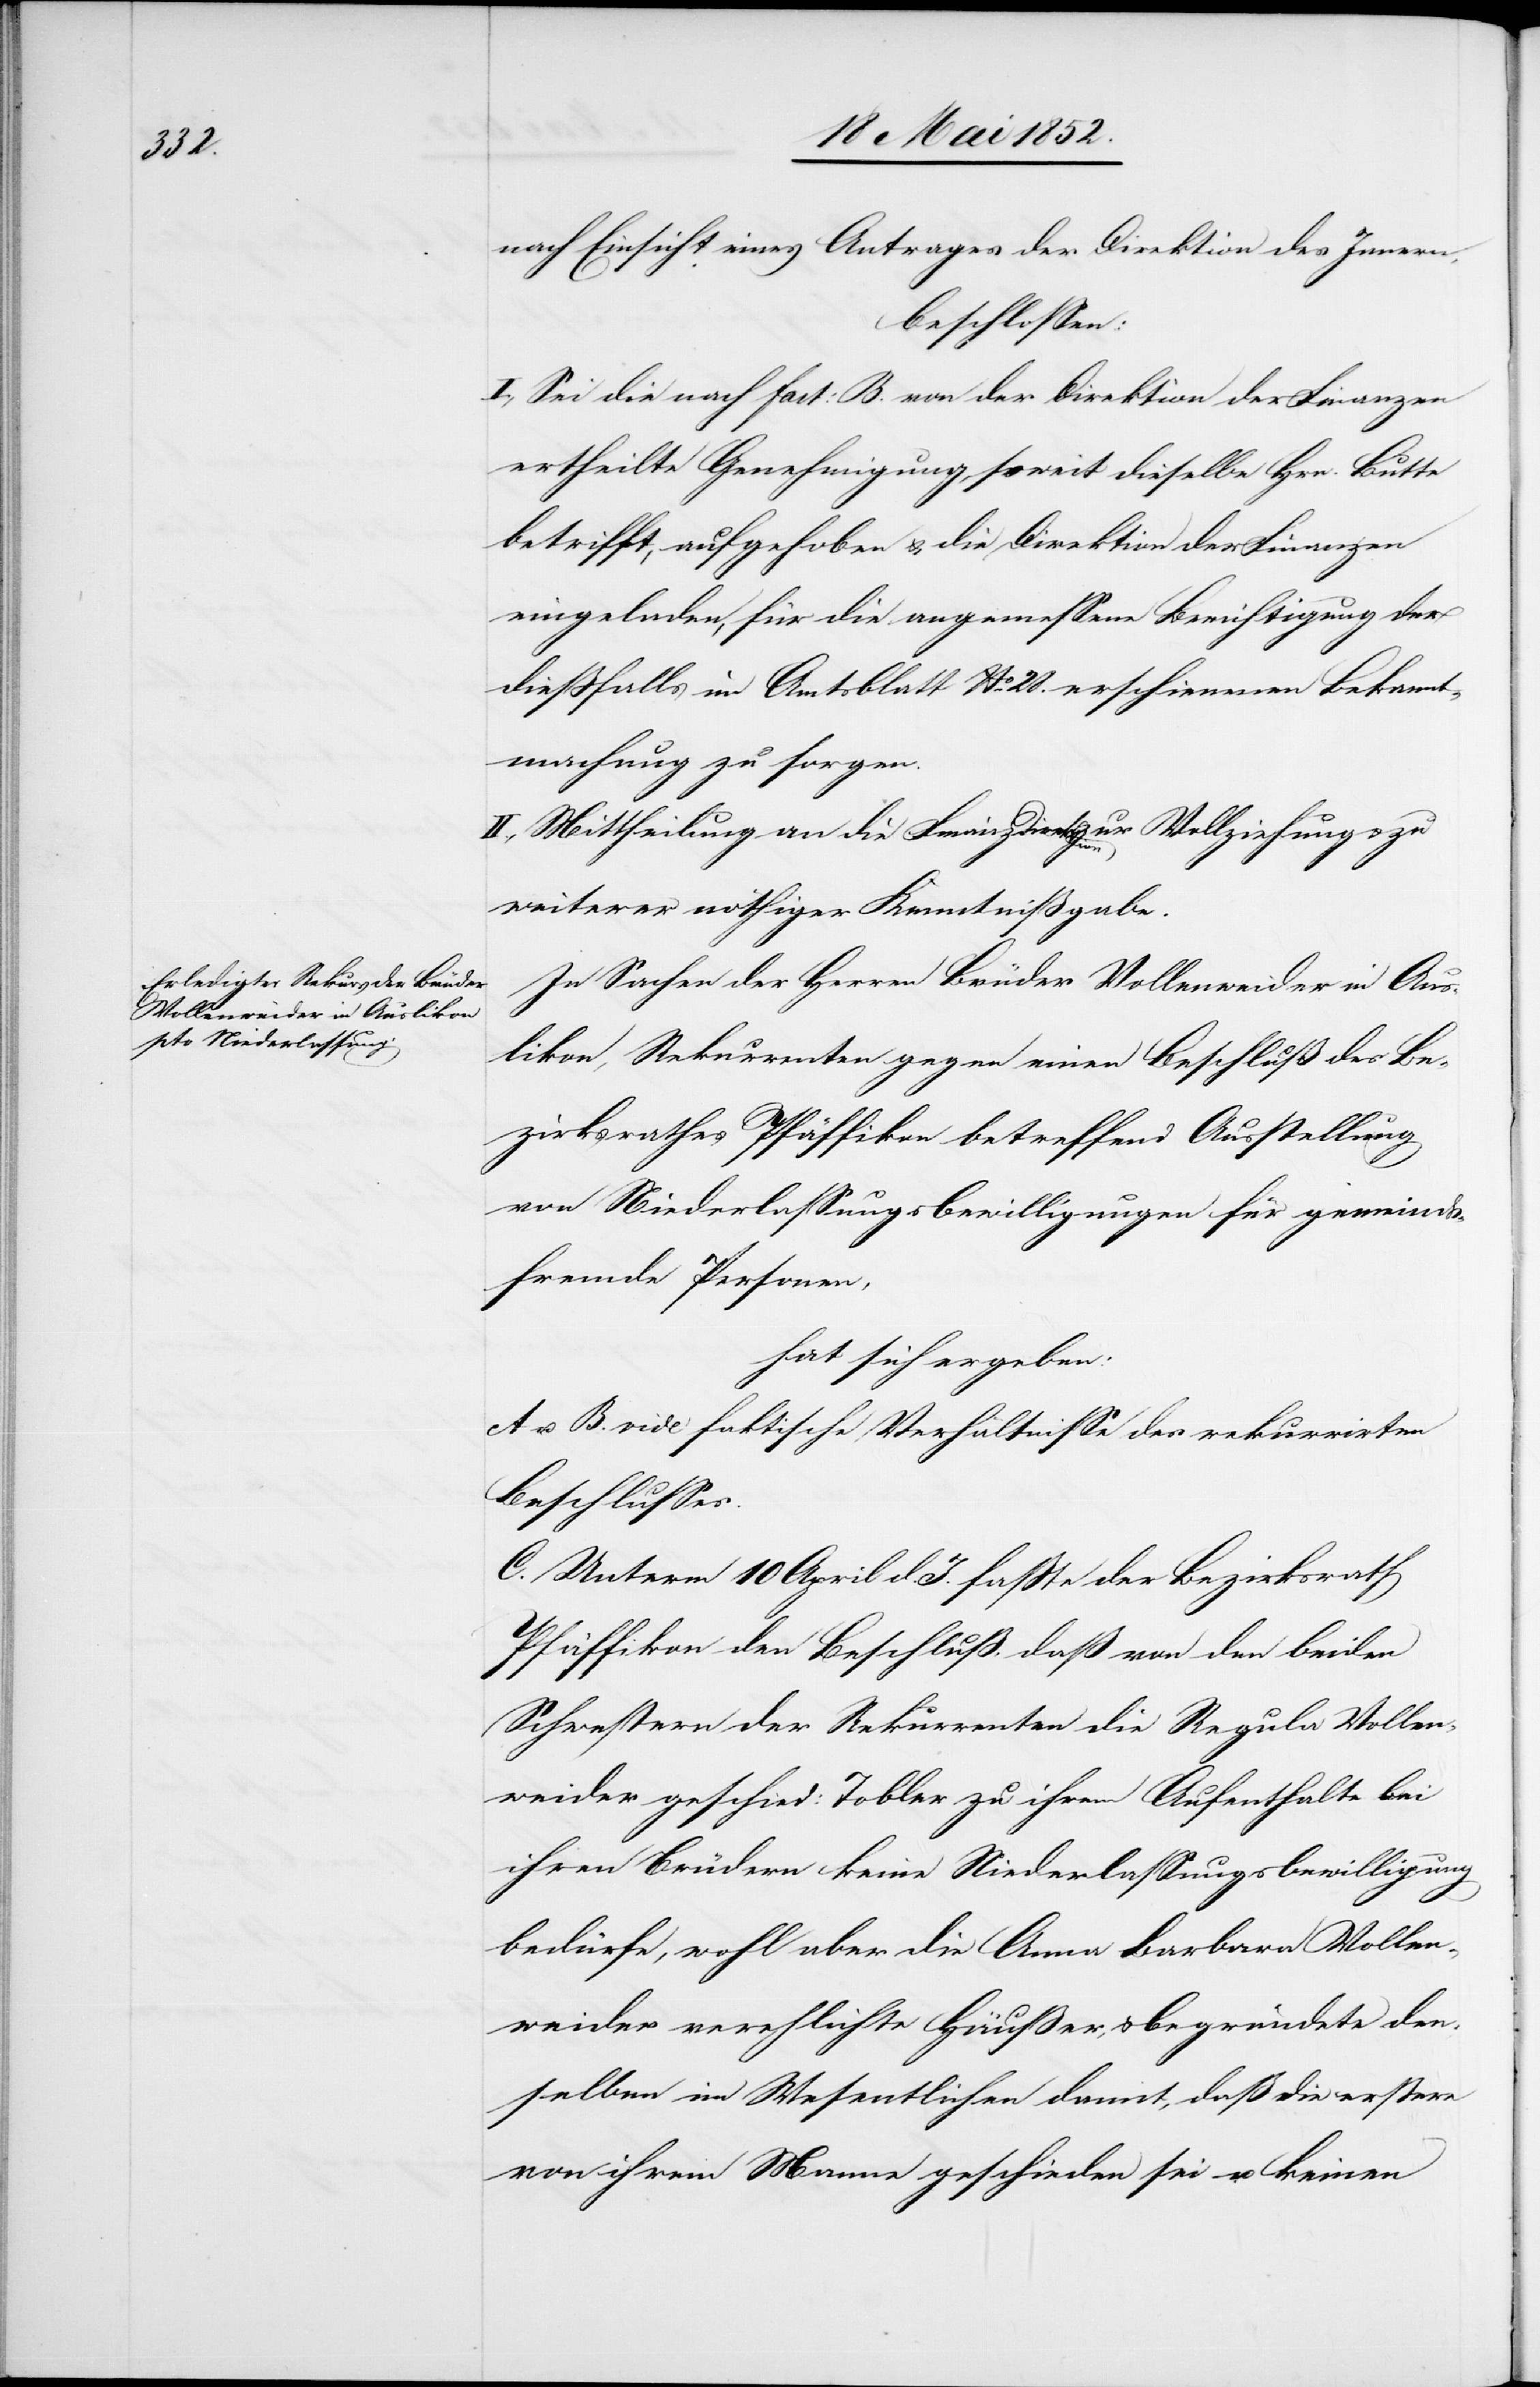
nach Einsicht eines Antrages der Direktion des Innern,
beschlossen:
I. Sei die nach fact: B. von der Direktion der Finanzen
ertheilte Genehmigung, soweit dieselbe Hrn. Butte
betrifft, aufgehoben & die Direktion der Finanzen
eingeladen, für die angemessene Berichtigung der
diessfalls im Amtsblatt No. 28. erschienenen Bekannt¬
machung zu sorgen.
II. Mittheilung an die Finanzdirektion zur Vollziehung & zu
weiterer nöthiger Kenntnißgabe.
In Sachen der Herren Brüder Vollenweider in Aus¬
likon, Rekurrenten gegen einen Beschluß des Be¬
zirksrathes Pfäffikon betreffend Ausstellung
von Niederlassungsbewilligungen für gemeinds¬
fremde Personen,
hat sich ergeben:
A u. B. vide faktische Verhältnisse des rekurrirten
Beschlusses.
C. Unterm 10 April d. J. fasste der Bezirksrath
Pfäffikon den Beschluß, daß von den beiden
Schwestern der Rekurrenten die Regula Vollen¬
weider geschied: Tobler zu ihrem Aufenthalte bei
ihren Brüdern keine[r] Niederlassungsbewilligung
bedürfe, wohl aber die Anna Barbara Vollen¬
weider verehlichte Häusser, & begründete den¬
selben im Wesentlichen damit, daß die erstere
von ihrem Manne geschieden sei u. keinen